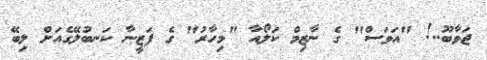
ޖަވާބޫ..! "އަވަސް" ގެ ނާޒިމް ކަލޯއާ "މިހާރު" ގެ ފަޒީނާ ކަނބުލޭގެއަށް ލިބޭ